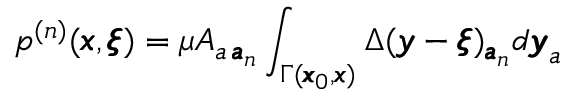
p ^ { ( n ) } ( { \pmb x } , { \pmb \xi } ) = \mu A _ { a \, { \pmb a } _ { n } } \int _ { \Gamma ( { \pmb x } _ { 0 } , { \pmb x } ) } \Delta ( { \pmb y } - { \pmb \xi } ) _ { { \pmb a } _ { n } } d { \pmb y } _ { a }